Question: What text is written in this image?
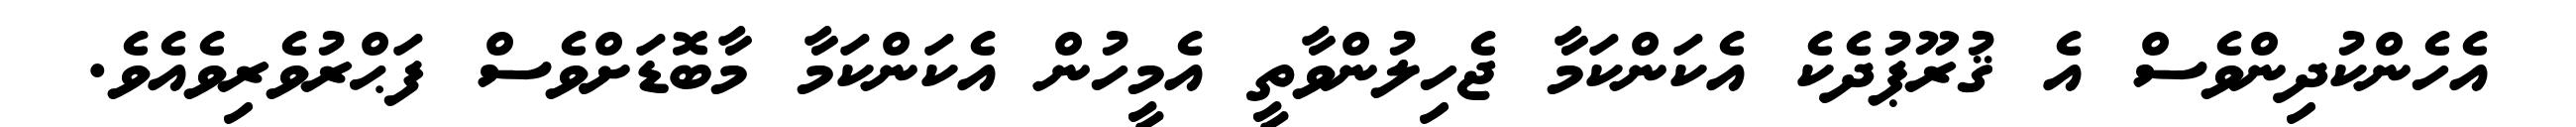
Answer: އެހެންކުދިންވެސް އެ ޤުރޫޕުދެކެ އެކަންކަމާ ޖެހިލުންވާތީ އެމީހުން އެކަންކަމާ މާބޮޑަށްވެސް ފަޙްރުވެރިވެއެވެ.